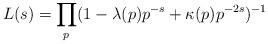
LaTeX: \begin{align*} L(s)=\prod_p(1-\lambda(p)p^{-s}+\kappa(p)p^{-2s})^{-1}\end{align*}